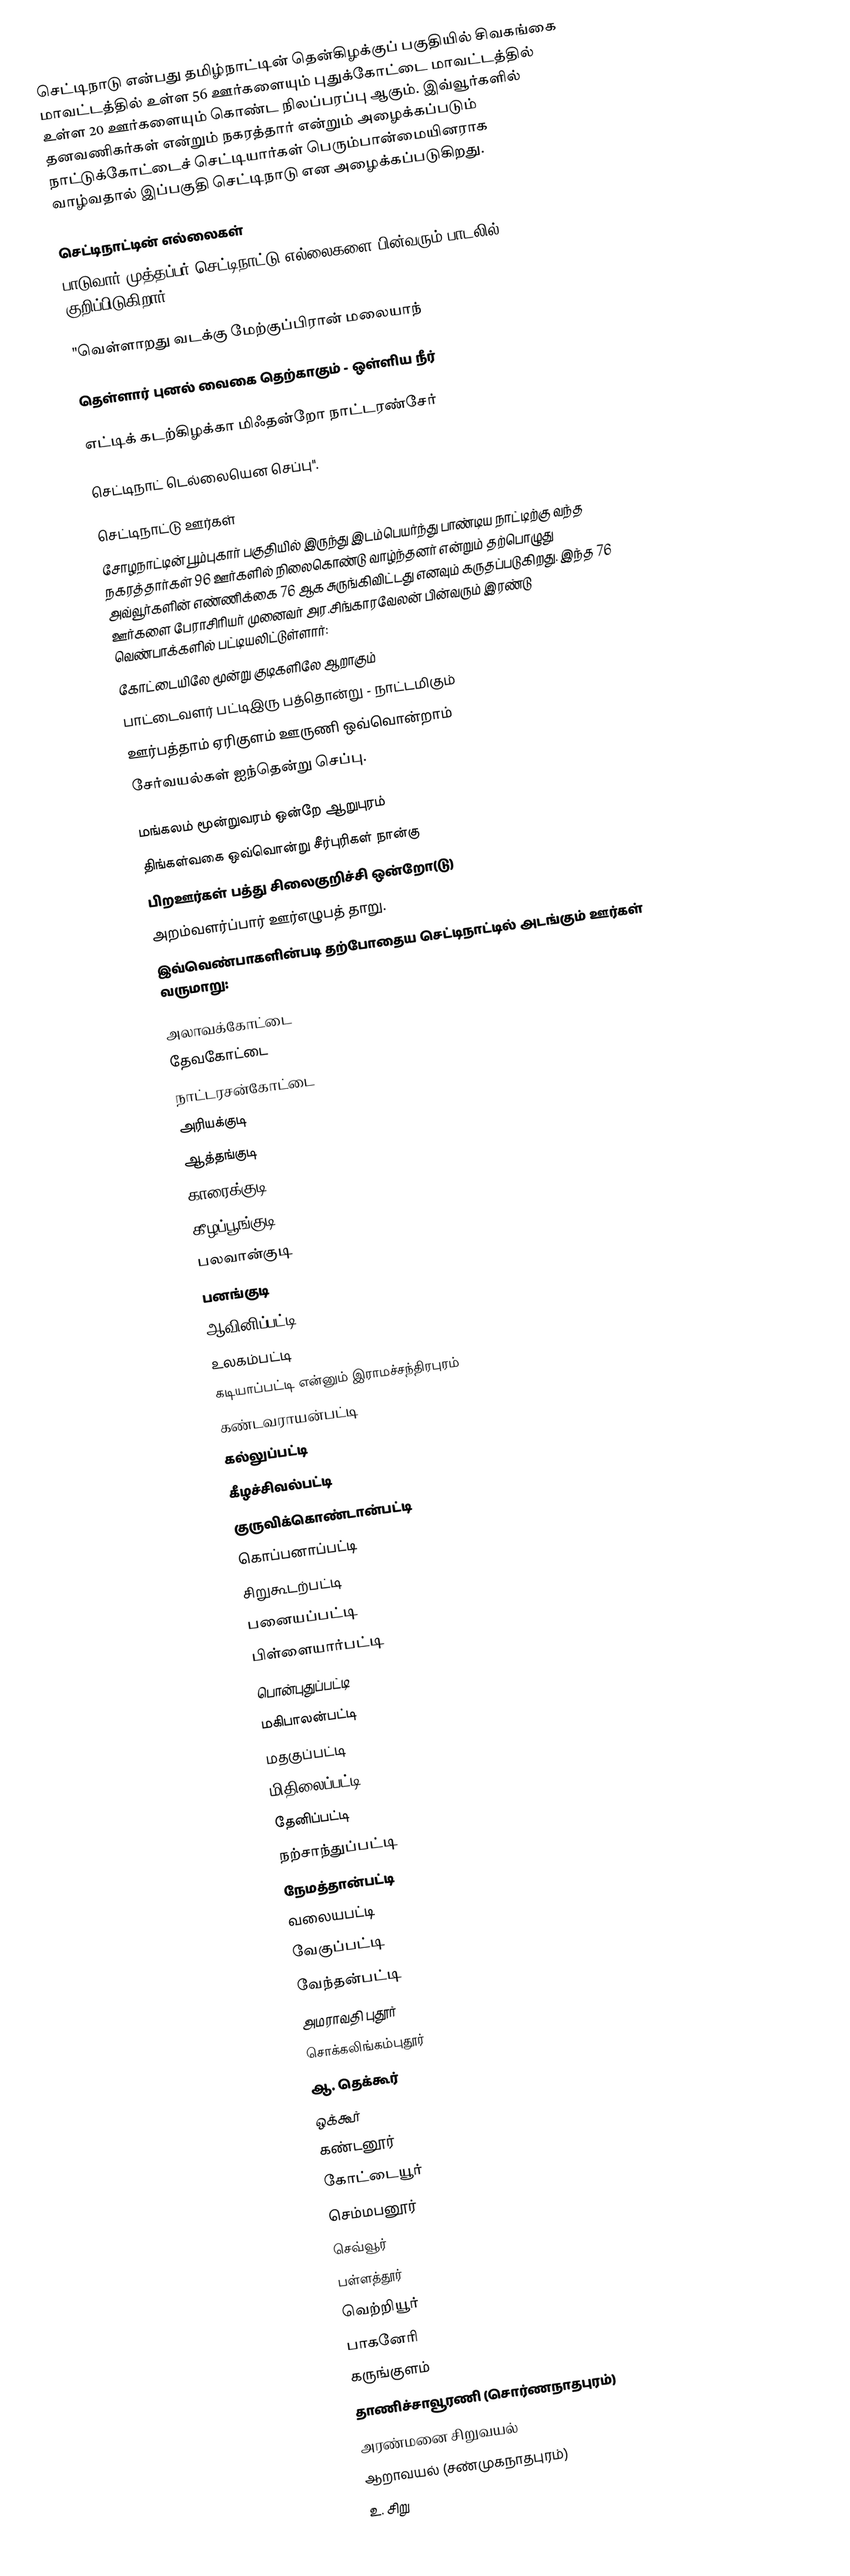
செட்டிநாடு என்பது தமிழ்நாட்டின் தென்கிழக்குப் பகுதியில் சிவகங்கை  மாவட்டத்தில் உள்ள 56 ஊர்களையும்  புதுக்கோட்டை மாவட்டத்தில் உள்ள 20 ஊர்களையும் கொண்ட நிலப்பரப்பு ஆகும்.  இவ்வூர்களில் தனவணிகர்கள் என்றும் நகரத்தார் என்றும் அழைக்கப்படும் நாட்டுக்கோட்டைச் செட்டியார்கள் பெரும்பான்மையினராக வாழ்வதால் இப்பகுதி செட்டிநாடு என அழைக்கப்படுகிறது.

செட்டிநாட்டின் எல்லைகள்
பாடுவார் முத்தப்பர் செட்டிநாட்டு எல்லைகளை பின்வரும் பாடலில் குறிப்பிடுகிறார்.

"வெள்ளாறது வடக்கு மேற்குப்பிரான் மலையாந்

தெள்ளார் புனல் வைகை தெற்காகும் - ஒள்ளிய நீர்

எட்டிக் கடற்கிழக்கா மிஃதன்றோ நாட்டரண்சேர்

செட்டிநாட் டெல்லையென செப்பு".

செட்டிநாட்டு ஊர்கள்
சோழநாட்டின் பூம்புகார் பகுதியில் இருந்து இடம்பெயர்ந்து பாண்டிய நாட்டிற்கு வந்த நகரத்தார்கள் 96 ஊர்களில் நிலைகொண்டு வாழ்ந்தனர் என்றும் தற்பொழுது அவ்வூர்களின் எண்ணிக்கை 76 ஆக சுருங்கிவிட்டது எனவும் கருதப்படுகிறது. இந்த 76 ஊர்களை பேராசிரியர் முனைவர் அர.சிங்காரவேலன் பின்வரும் இரண்டு வெண்பாக்களில் பட்டியலிட்டுள்ளார்:
கோட்டையிலே மூன்று குடிகளிலே ஆறாகும்
பாட்டைவளர் பட்டிஇரு பத்தொன்று - நாட்டமிகும்
ஊர்பத்தாம் ஏரிகுளம் ஊருணி ஒவ்வொன்றாம்
சேர்வயல்கள் ஐந்தென்று செப்பு.

மங்கலம் மூன்றுவரம் ஒன்றே ஆறுபுரம்
திங்கள்வகை ஒவ்வொன்று சீர்புரிகள் நான்கு
பிறஊர்கள் பத்து  சிலைகுறிச்சி ஒன்றோ(டு)
அறம்வளர்ப்பார் ஊர்எழுபத் தாறு.
இவ்வெண்பாகளின்படி தற்போதைய செட்டிநாட்டில் அடங்கும் ஊர்கள் வருமாறு:

 அலாவக்கோட்டை
 தேவகோட்டை
 நாட்டரசன்கோட்டை
 அரியக்குடி
 ஆத்தங்குடி
 காரைக்குடி
 கீழப்பூங்குடி
 பலவான்குடி
 பனங்குடி
 ஆவினிப்பட்டி
 உலகம்பட்டி
 கடியாப்பட்டி என்னும் இராமச்சந்திரபுரம்
 கண்டவராயன்பட்டி
 கல்லுப்பட்டி
 கீழச்சிவல்பட்டி
 குருவிக்கொண்டான்பட்டி
 கொப்பனாப்பட்டி
 சிறுகூடற்பட்டி
 பனையப்பட்டி
பிள்ளையார்பட்டி
 பொன்புதுப்பட்டி
 மகிபாலன்பட்டி
 மதகுப்பட்டி
 மிதிலைப்பட்டி
 தேனிப்பட்டி
 நற்சாந்துப்பட்டி
 நேமத்தான்பட்டி
 வலையபட்டி
 வேகுப்பட்டி
 வேந்தன்பட்டி
 அமராவதி புதூர்
 சொக்கலிங்கம்புதூர்
 ஆ. தெக்கூர்
 ஒக்கூர்
 கண்டனூர்
 கோட்டையூர்
 செம்மபனூர்
 செவ்வூர்
 பள்ளத்தூர்
 வெற்றியூர்
 பாகனேரி
 கருங்குளம்
 தாணிச்சாவூரணி (சொர்ணநாதபுரம்)
 அரண்மனை சிறுவயல்
 ஆறாவயல் (சண்முகநாதபுரம்)
 உ. சிறு